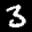
Label: 3